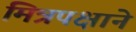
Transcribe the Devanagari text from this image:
मित्रपक्षाने